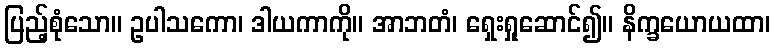
ပြည့်စုံသော။ ဥပါသကော၊ ဒါယကာကို။ အာဘတံ၊ ရှေးရှုဆောင်၍။ နိက္ခယောယထာ၊